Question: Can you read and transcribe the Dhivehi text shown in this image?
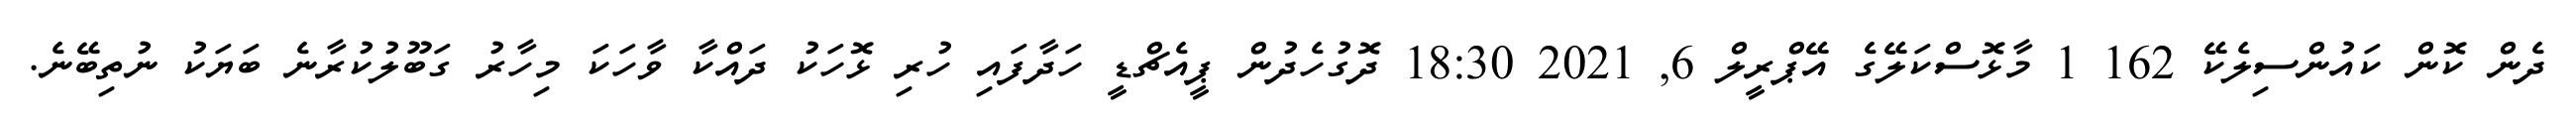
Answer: ދެން ކޮން ކައުންސިލެކޭ 162 1 މާޅޮސްކަލޭގެ އޭޕްރީލް 6, 2021 18:30 ދޮގުހެދުން ޕީއެޗްޑީ ހަދާފައި ހުރި ޅޮހަކު ދައްކާ ވާހަކަ މިހާރު ގަބޫލުކުރާނެ ބަޔަކު ނުތިބޭނެ.